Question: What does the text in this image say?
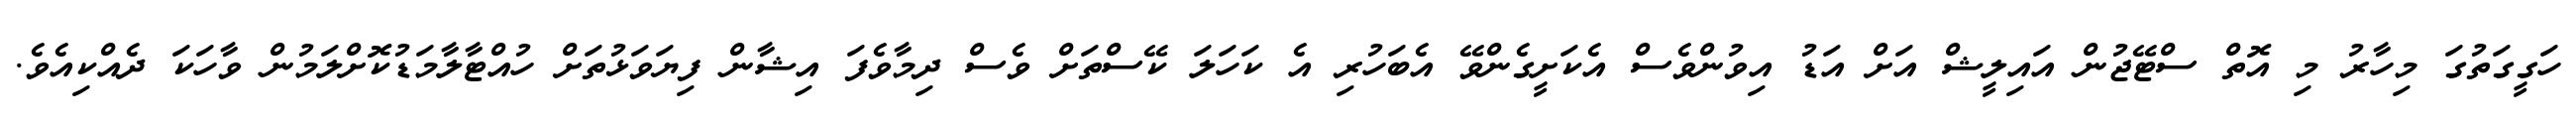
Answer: ހަގީގަތުގަ މިހާރު މި އޮތް ސްޓޭޖުން އައިލީޝް އަށް އަޑު އިވުންވެސް އެކަށީގެންވޭ އެބަހުރި އެ ކަހަލަ ކޭސްތަށް ވެސް ދިމާވެފަ އިޝާން ފިޔަވަޅުތަށް ހުއްޓާލާމަޑުކޮށްލަމުން ވާހަކަ ދެއްކިއެވެ.